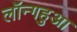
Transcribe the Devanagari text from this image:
लॉन्गहुआ